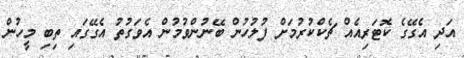
އަދި އެގޭގެ ކޮޓަރިއެއް ޗެކްކުރުމަށް ފުލުހުން ބޭނުންވުމުން އެވަގުތު އެގޭގައި ތިބި މީހުން